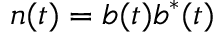
n ( t ) = b ( t ) b ^ { * } ( t )